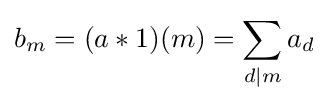
b_{m}=(a*1)(m)=\sum _{d\mid m}a_{d}